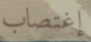
إغتصاب